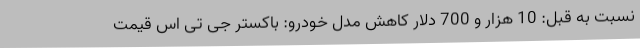
نسبت به قبل: 10 هزار و 700 دلار کاهش مدل خودرو: باکستر جی تی اس قیمت